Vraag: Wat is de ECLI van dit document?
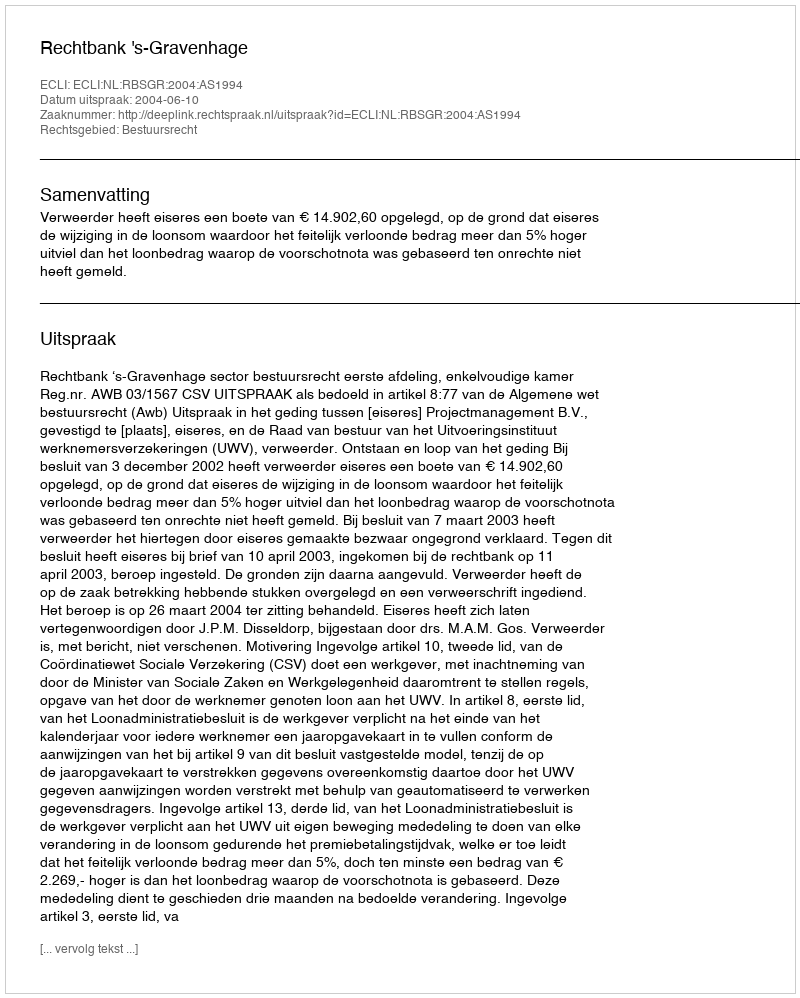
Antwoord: ECLI:NL:RBSGR:2004:AS1994